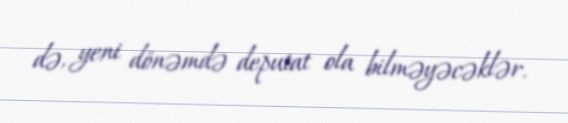
də, yeni dönəmdə deputat ola bilməyəcəklər.